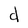
Character: d